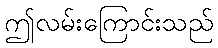
ဤလမ်းကြောင်းသည်